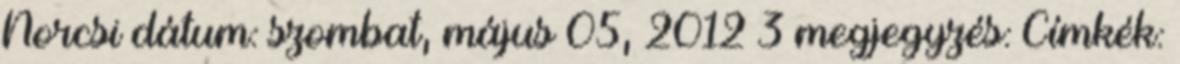
Norcsi dátum: szombat, május 05, 2012 3 megjegyzés: Címkék: